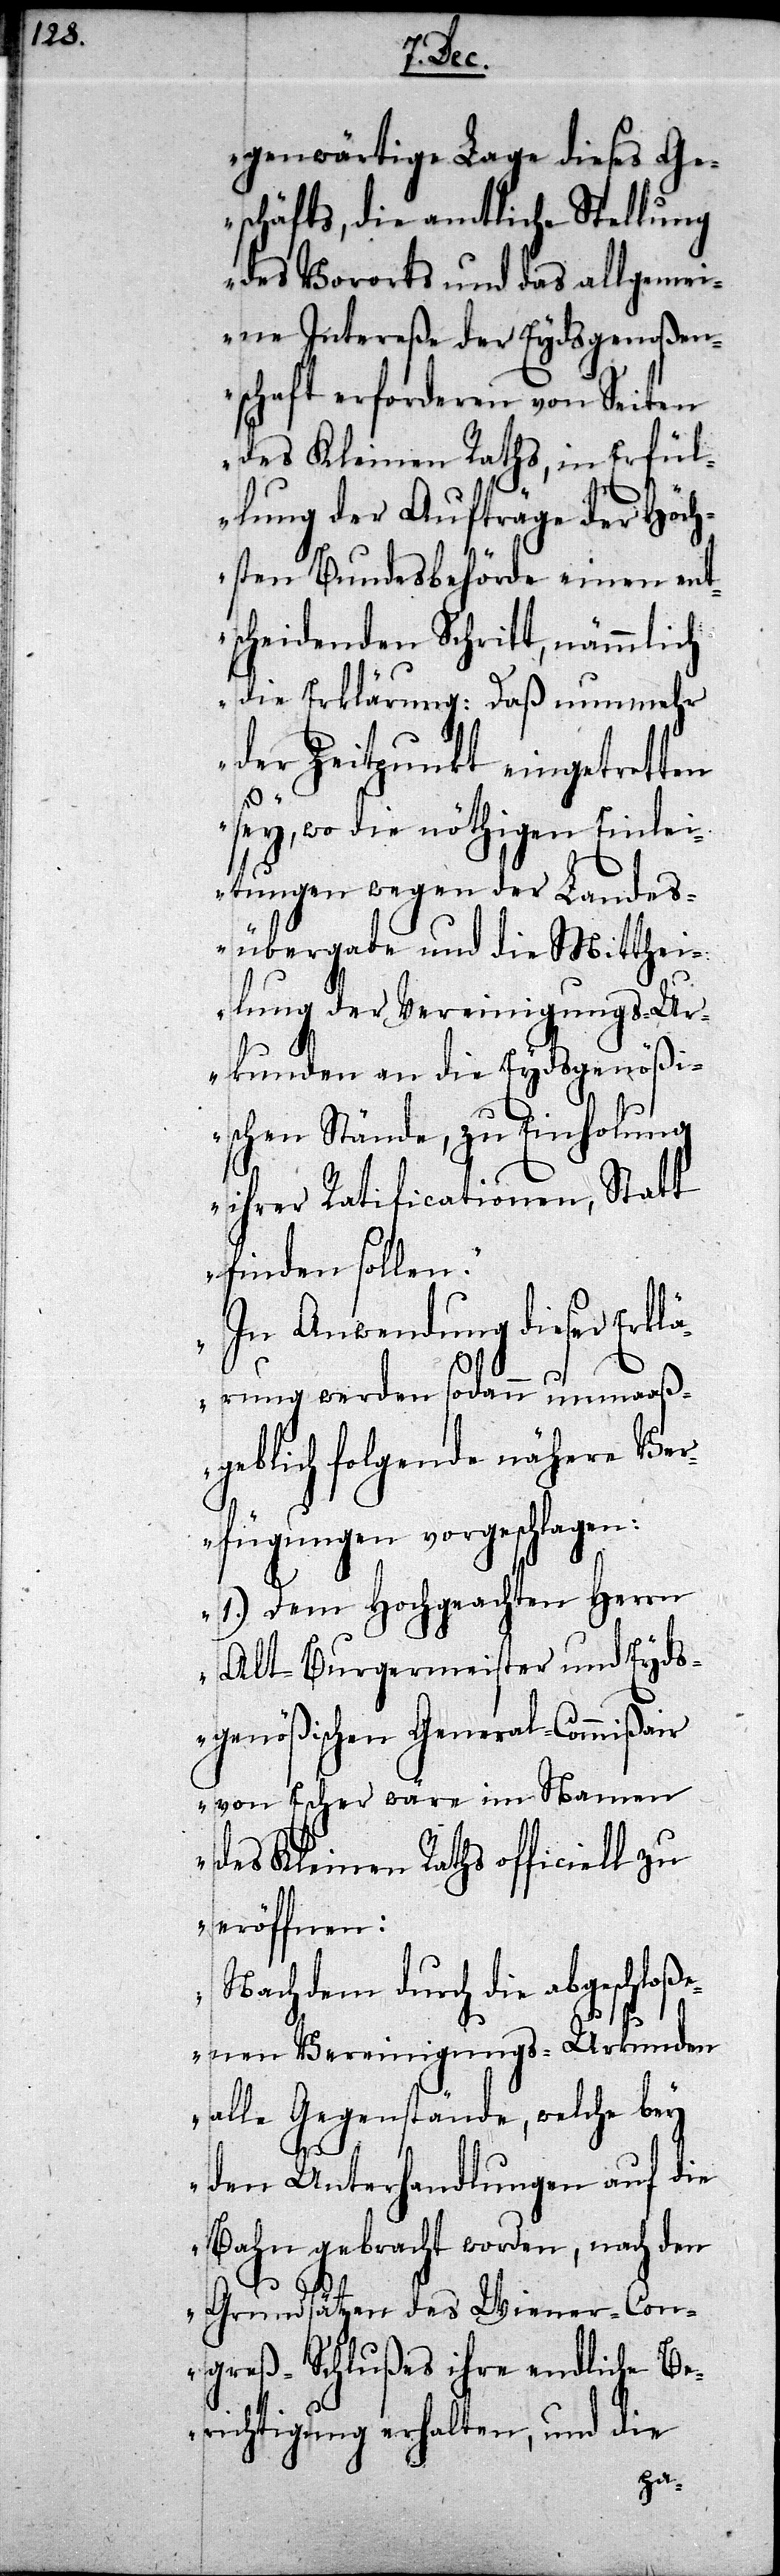
genwärtige Lage dieses Ge¬
schäfts, die amtliche Stellung
des Vororts und das allgemei¬
ne Intereße der Eydsgenoßen¬
schaft erforderen von Seiten
des Kleinen Raths, in Erfül¬
lung der Aufträge der Höch¬
sten Bundesbehörde einen ent¬
scheidenden Schritt, nämmlich
die Erklärung: daß nunmehr
der Zeitpunkt eingetretten
sey, wo die nöthigen Einlei¬
tungen wegen der Landes¬
übergabe und die Mitthei¬
lung der Vereinigungs-Ur¬
kunden an die Eydsgenößi¬
schen Stände, zu Einholung
ihrer Ratificationen, Statt
finden sollen.
In Anwendung dieser Erkl¬
ärung werden sodann unmaaß¬
Ver¬
geblich folgende näh¬
fügungen vorgeschlagen:
1.) Dem Hochgeachten Herrn
Alt-Burgermeister und Eyds¬
genößischen General-Commißair
von Escher wäre im Namen
des Kleinen Raths officiell zu
eröffnen:
Nachdem durch die abgeschloß¬
enen Vereinigungs-Urkunden
alle Gegenstände, welche bey
den Unterhandlungen auf die
Bahn gebracht worden, nach den
Grundsätzen des Wiener-Con¬
greß-Schlußes ihre endliche Be¬
richtigung erhalten, und die